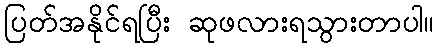
ပြတ်အနိုင်ရပြီး ဆုဖလားရသွားတာပါ။